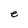
Character: e